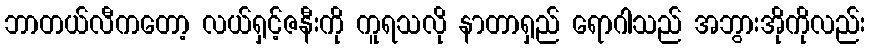
ဘာတယ်လီကတော့ လယ်ရှင့်ဇနီးကို ကူရသလို နာတာရှည် ရောဂါသည် အဘွားအိုကိုလည်း